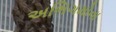
અભિગમોના